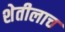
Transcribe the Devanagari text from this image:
शेतीलाच